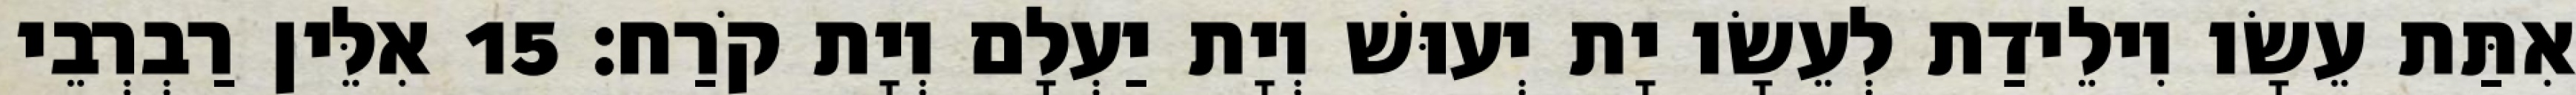
אִתַּת עֵשָׂו וִילֵידַת לְעֵשָׂו יָת יְעוּשׁ וְיָת יַעְלָם וְיָת קֹרַח׃ 15 אִלֵּין רַבְרְבֵי